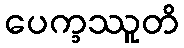
ပေက္ခဿူတိ